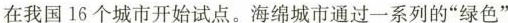
在我国16个城市开始试点。海绵城市通过一系列的”绿色”植草沟雨水花园下沉式绿地透水路面